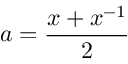
a = { \frac { x + x ^ { - 1 } } { 2 } }